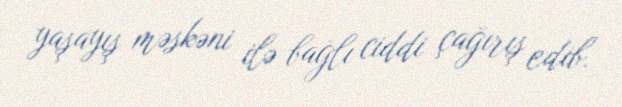
yaşayış məskəni ilə bağlı ciddi çağırış edib.